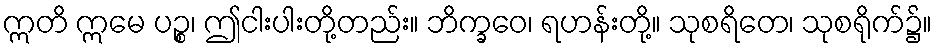
ဣတိ ဣမေ ပဉ္စ၊ ဤငါးပါးတို့တည်း။ ဘိက္ခဝေ၊ ရဟန်းတို့။ သုစရိတေ၊ သုစရိုက်၌။